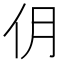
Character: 仴